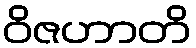
ဝိဇဟာတိ